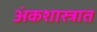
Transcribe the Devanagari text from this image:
अंकशास्त्रात